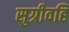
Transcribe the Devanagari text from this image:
सुग्रीवहि